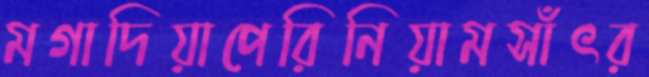
মগাদিয়াপেরিনিয়ামসাঁৎর